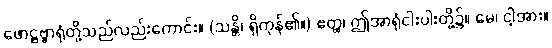
ဖောဋ္ဌဗ္ဗာရုံတို့သည်လည်းကောင်း။ (သန္တိ၊ ရှိကုန်၏။) ဧတ္ထ၊ ဤအာရုံငါးပါးတို့၌။ မေ၊ ငါ့အား။